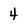
Character: 4